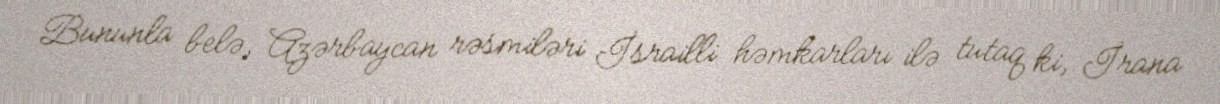
Bununla belə, Azərbaycan rəsmiləri İsrailli həmkarları ilə tutaq ki, İrana